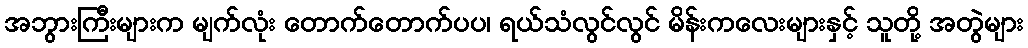
အဘွားကြီးများက မျက်လုံး တောက်တောက်ပပ၊ ရယ်သံလွင်လွင် မိန်းကလေးများနှင့် သူတို့ အတွဲများ